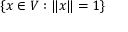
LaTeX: \{ x \in V : \| x \| = 1 \}